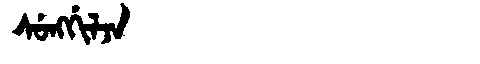
Manchu: ᠰᡠᠩᡤᡳᠯᠵᠠ
Romanization: SUNGGILJA